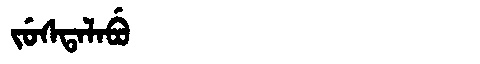
Manchu: ᠵᡠᠰᡨᠠᠯᠠᠪᡠ
Romanization: JUSTALABU